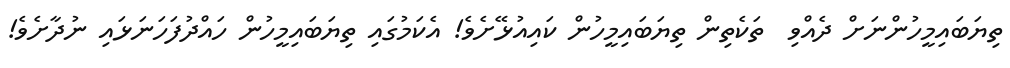
ތިޔަބައިމީހުންނަށް ދެއްވި  ތަކެތިން ތިޔަބައިމީހުން ކައިއުޅޭށެވެ! އެކަމުގައި ތިޔަބައިމީހުން ހައްދުފަހަނަޅައި ނުދާށެވެ!